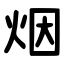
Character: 烟